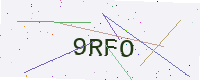
Text: 9RFO